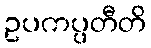
ဥပကပ္ပတီတိ